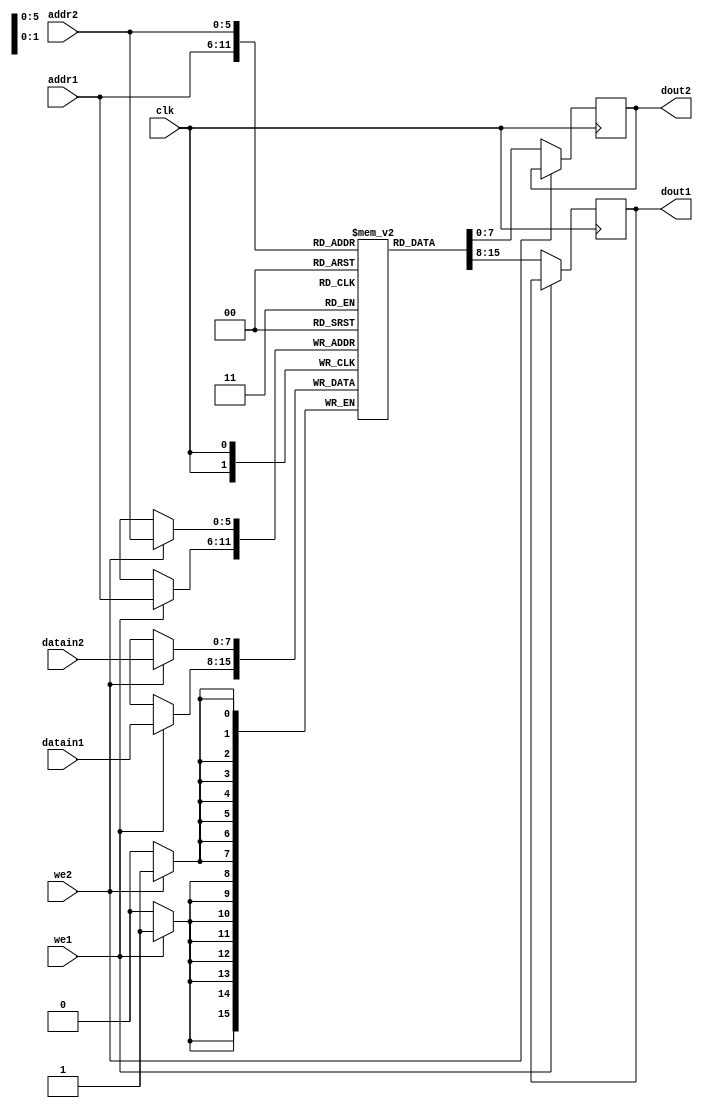
module dualportram(
   input [7:0] datain1,datain2,
   input [5:0]addr1,addr2,
   input we1,we2,
   input clk,
   output reg [7:0]dout1,dout2
    );
    
    reg [7:0] ram [63:0]; //8*64 bit ram
    
    always @ (posedge clk)
      begin
        if(we1)
         ram[addr1] <= datain1;
        else
        dout1 <=ram[addr1];
      end
      
     always @ (posedge clk)
           begin
             if(we2)
              ram[addr2] <= datain2;
             else
             dout2 <=ram[addr2];
           end
endmodule